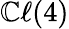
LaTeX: \mathbb{C}\ell(4)